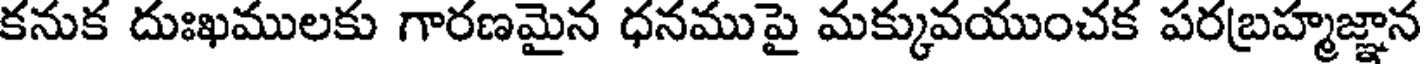
కనుక దుఃఖములకు గారణమైన ధనముపై మక్కువయుంచక పరబ్రహ్మజ్ఞాన